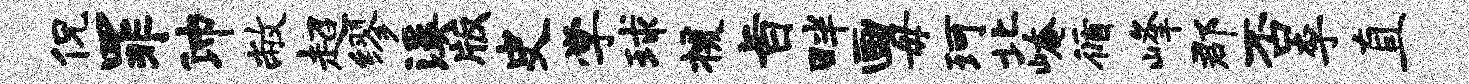
侃罪沛敝超缪溪版史学球援旨畔画毋珂北崦循峰郡否李直